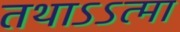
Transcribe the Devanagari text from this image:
तथाऽऽत्मा